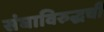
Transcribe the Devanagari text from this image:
संघाविरुद्धची